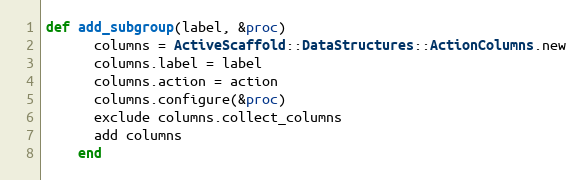
Language: Ruby
def add_subgroup(label, &proc)
      columns = ActiveScaffold::DataStructures::ActionColumns.new
      columns.label = label
      columns.action = action
      columns.configure(&proc)
      exclude columns.collect_columns
      add columns
    end